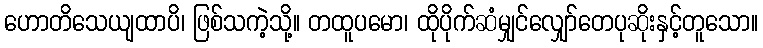
ဟောတိသေယျထာပိ၊ ဖြစ်သကဲ့သို့။ တထူပမော၊ ထိုပိုက်ဆံမျှင်လျှော်တေပုဆိုးနှင့်တူသော။